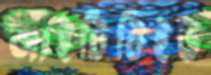
আইটিটিইউ